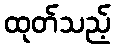
ထုတ်သည့်